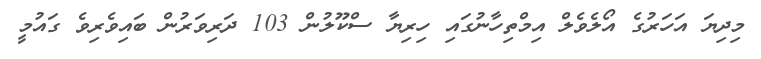
މިދިޔަ އަހަރުގެ އޯލެވެލް އިމްތިހާނުގައި ހިރިޔާ ސްކޫލުން 103 ދަރިވަރުން ބައިވެރިވެ ގައުމީ